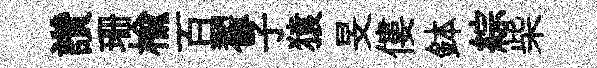
讚珊榆百翟子猿旻僂鉢綜柴